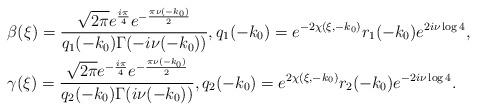
LaTeX: \begin{align*} &\beta(\xi)=\frac{\sqrt{2\pi}e^{\frac{i\pi}{4}}e^{-\frac{\pi \nu(-k_0)}{2}}}{{q}_{1}(-k_0)\Gamma(-i\nu(-k_0))}, q_1(-k_0)=e^{-2\chi(\xi,-k_0)}r_1(-k_0)e^{2i\nu\log 4}, \\ &\gamma(\xi)=\frac{\sqrt{2\pi}e^{-\frac{i\pi}{4}}e^{-\frac{\pi \nu(-k_0)}{2}}}{{q}_{2}(-k_0)\Gamma(i\nu(-k_0))},q_2(-k_0)=e^{2\chi(\xi,-k_0)}r_2(-k_0)e^{-2i\nu\log 4}. \end{align*}